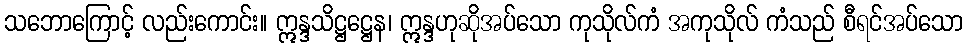
သဘောကြောင့် လည်းကောင်း။ ဣန္ဒသိဋ္ဌဋ္ဌေန၊ ဣန္ဒဟုဆိုအပ်သော ကုသိုလ်ကံ အကုသိုလ် ကံသည် စီရင်အပ်သော